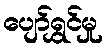
ပျော်ရွှင်မှု